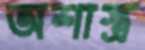
অশাস্ত্র